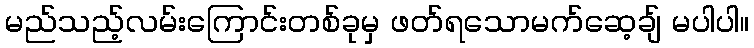
မည်သည့်လမ်းကြောင်းတစ်ခုမှ ဖတ်ရသောမက်ဆေ့ချ် မပါပါ။